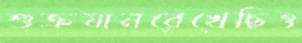
শুক্রযানরেখেছিও